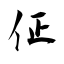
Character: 佂